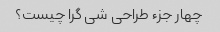
چهار جزء طراحی شی گرا چیست؟